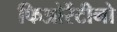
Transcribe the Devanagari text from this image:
फिओरेंटीनो